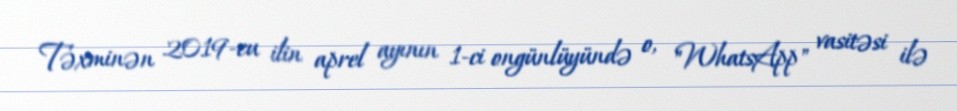
Təxminən 2019-cu ilin aprel ayının 1-ci ongünlüyündə o, "WhatsApp" vasitəsi ilə